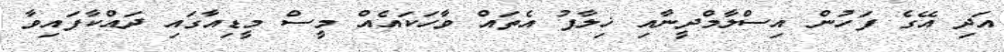
އަދި އޭގެ ފަހުން އިސްލާމްދީނާއި ޚިލާފު އެތައް ވާހަކައެއް މީސް މީޑިއާގައި ދައްކާފައިވާ